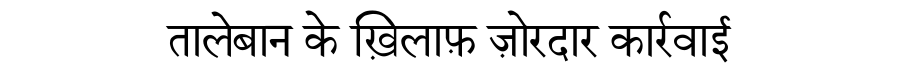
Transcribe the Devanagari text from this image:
तालेबान के ख़िलाफ़ ज़ोरदार कार्रवाई